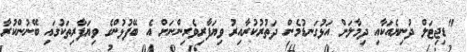
"ޑިޖިޓަލް ދުނިޔެއަކާއި ދިމާލަށް އަޅުގަނޑުމެން ދަތުރުކުރާއިރު ވިޔަފާރިވެރިންނަށް އެ ބޭފުޅުންގެ ވިޔަފާރިތަކުގައި ބޭނުންކުރާ